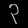
Digit: ၃